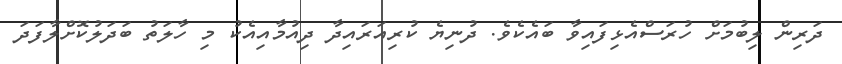
ދަރިން ލިބުމަށް ހުރަސްއެޅިފައިވާ ބައެކެވެ. ދުނިޔެ ކުރިއަރައިދާ ދިއުމާއިއެކު މި ހާލަތު ބަދަލުކޮށްލާފަދަ